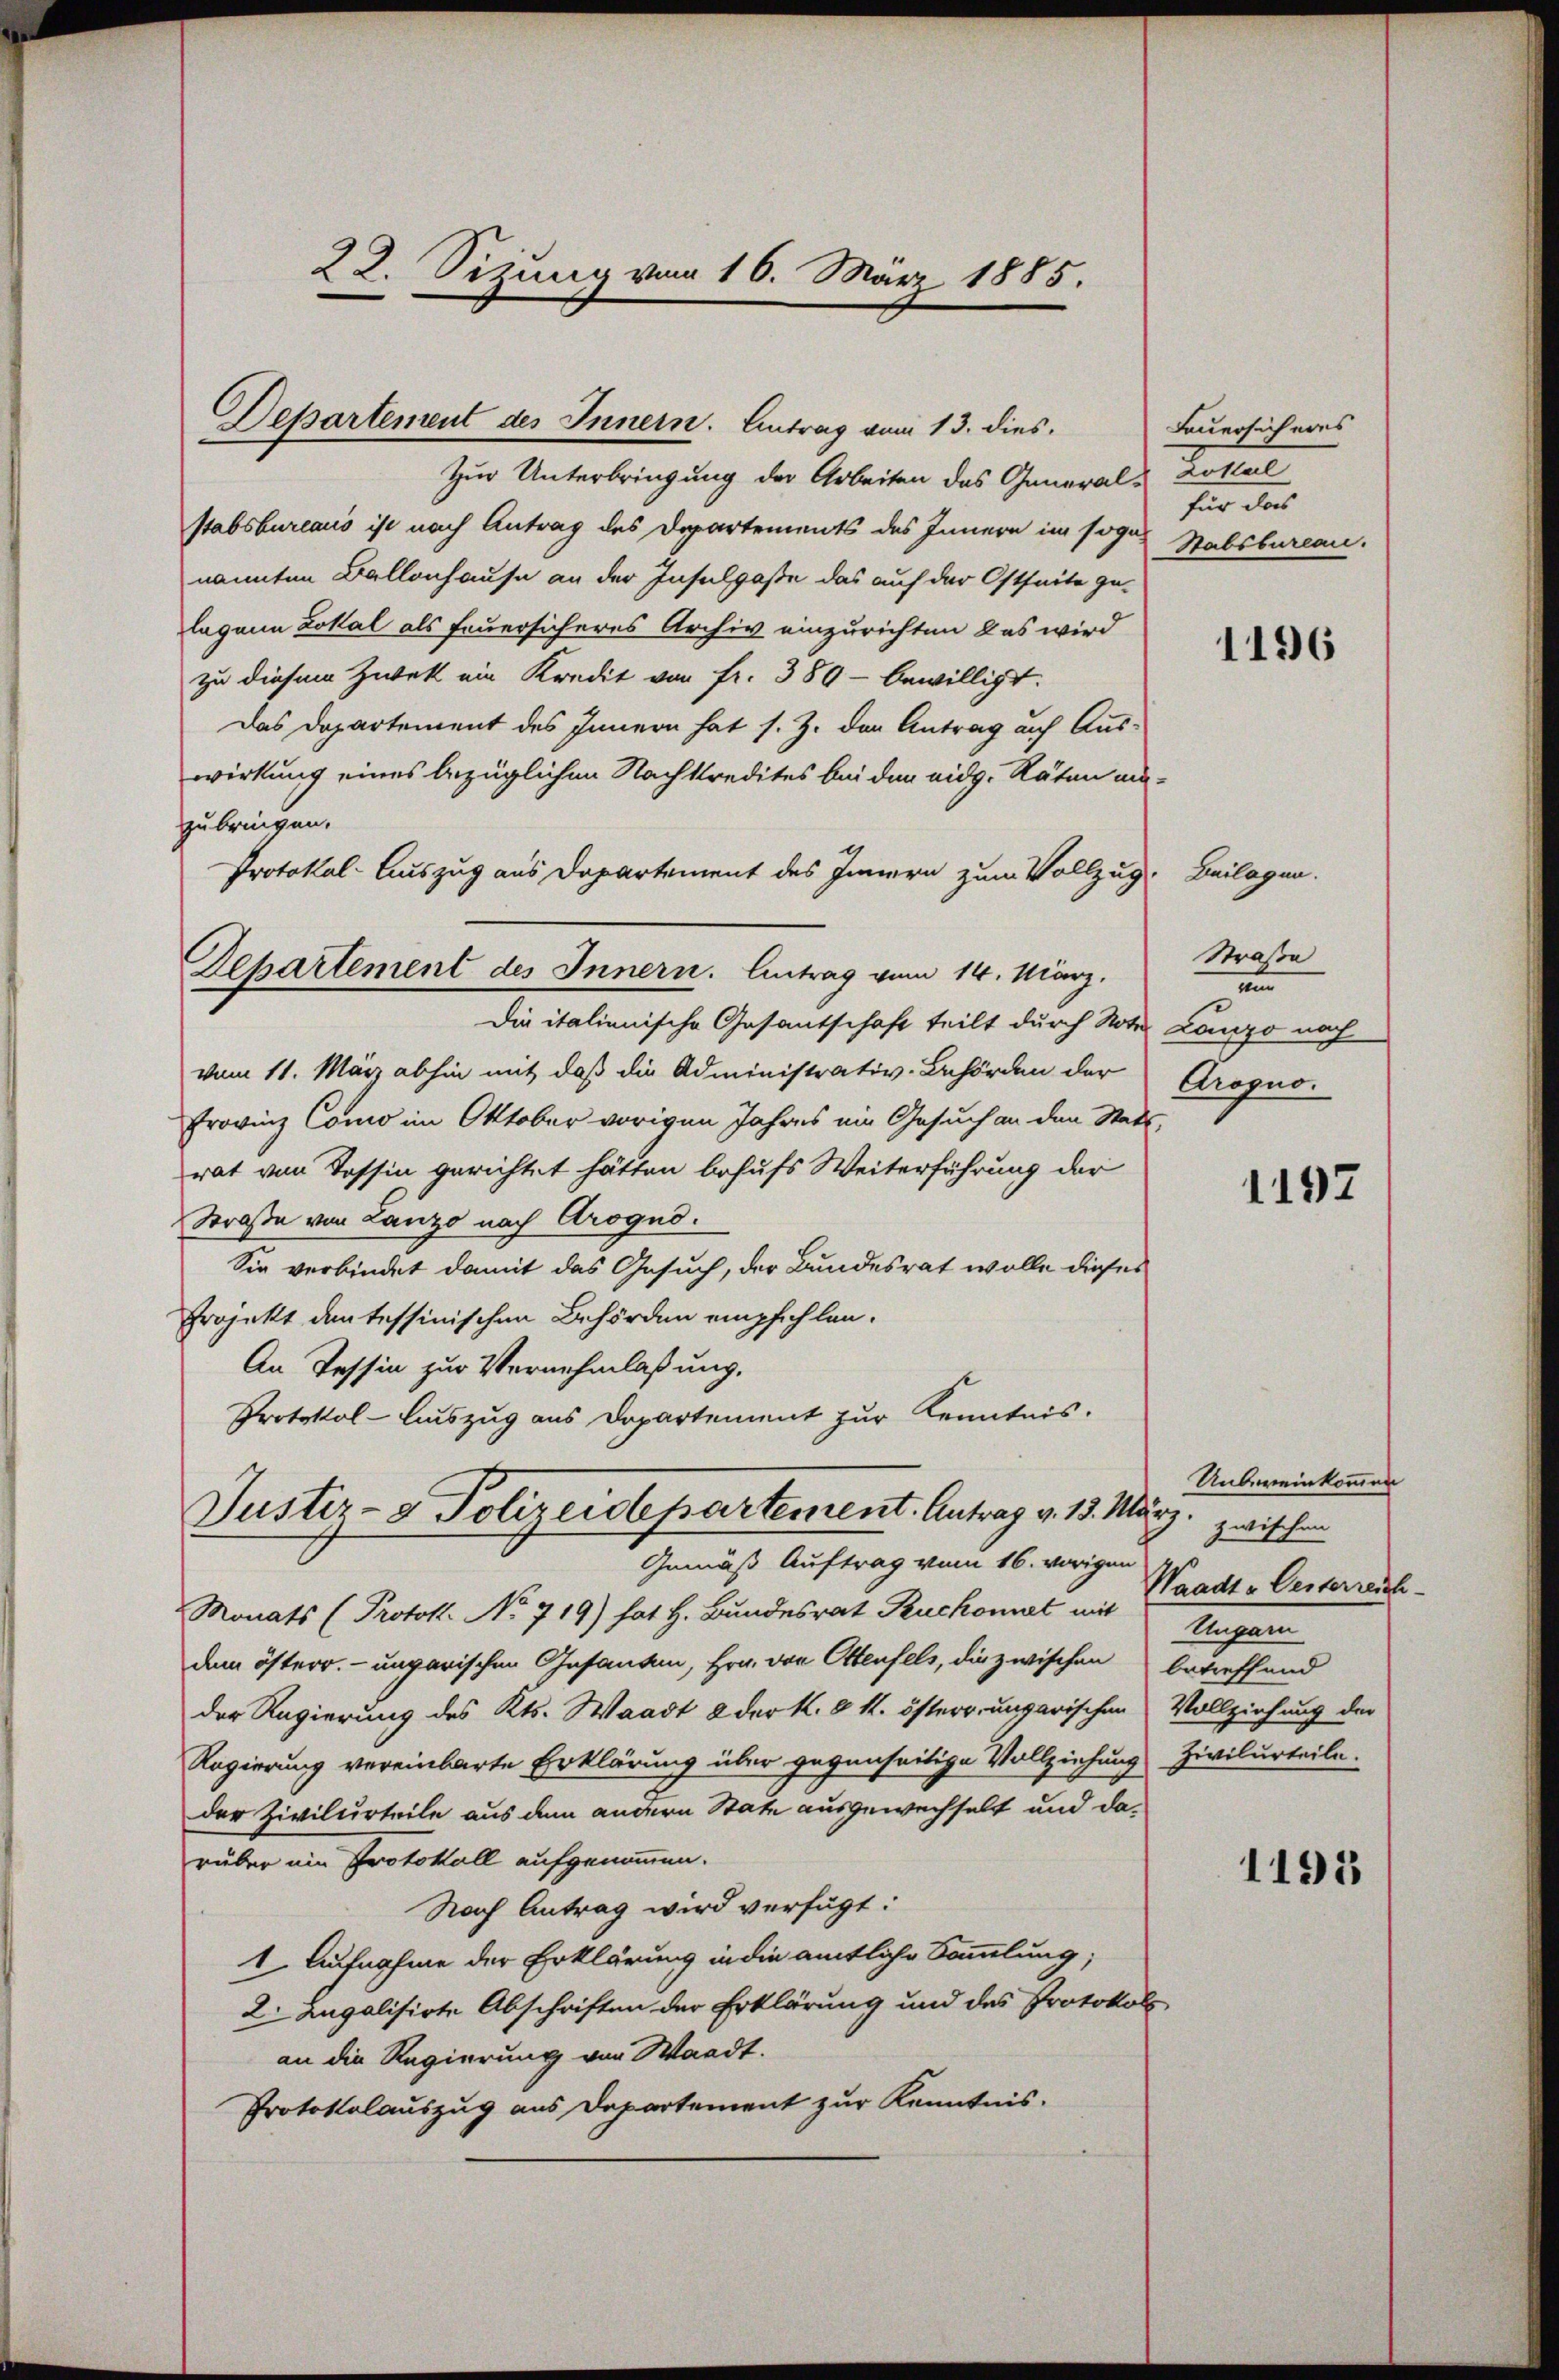
22. Sizung vom 16. März 1885.
e

Zur Unterbringung der Arbeiten das Generals Lotteil
stabsbureaus ist nach Antrag des Departements des Innern im sogar Stabsbureau.
nannten Ballenhause an der Insulgaße das auf der Ostseite ge-
lagene Lokal als Feuersicheres Archiv einzurichten & es wird
zu diesem Zwek ein Kredit von fr. 389 - bewilligt.
Das Departement des Innern hat s. Z. den Antrag auf Aus-
wirkung eines bezüglichen Nachkredites bei den eidg. Räten eizubringen.
Protokol- Auszug aus Departement des Innern zum Vollzug
Departement des Innern. Antrag vom 14. März.
Die italienische Gesantschaft teilt durch Note
vom 11. März abhin mit daß die Administrativ-Behörden der
Provinz Como im Oktober vorigen Jahres ein Gesuch an den Stadt
rat von Tessin gerichtet hätten behufs Weiterführung der
Straße von Lanzo nach Arogno.
Sie verbindet damit das Gesuch, der Bundesrat wolle dieses
Projekt den tessinischen Behörden empfehlen.
An Tessin zur Vernehmlassung.
Protokol-Auszug aus Departement zur Kenntnis.
Justiz- & Polizeidepartement. Antrag v. 13. März. zwischen
Gemäß Auftrag vom 16. vorigen
Monats (Protok. No 719) hat H. Bundesrat Ruckonst mit
dem österr. ungarischen Gesanten, Hrn. von Ottenfels, die zwischen
der Regierung des Kts. Waadt & der k. k. k. österr. ungarischen
Regierung vereinbarte Erklärung über gegenseitige Vollziehung
der Zivilurteile aus dem andern State ausgewechselt und darüber ein Protokoll aufgenommen.
Nach Antrag wird verfügt:
1. Aufnahme der Erklärung in die amtliche Sammlung;
2. Augalisirte Abschriften der Erklärung und des Protokoll
an die Regierung von Waadt.
Protokolauszug aus Departement zur Kenntnis.

Departement des Innern. Antrag vom 13. dies

Feuersicheres
für das

1196

Beilagen.
Straße
n
Lanzo nach
Grogno.

1197

Unbereinkommen
Waadt-Oesterreich-
Ungarn
betreffend
Vollziehung der
Zivilurteile.

1195